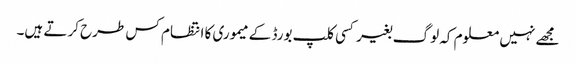
مجھے نہیں معلوم کہ لوگ بغیر کسی کلپ بورڈ کے میموری کا انتظام کس طرح کرتے ہیں۔